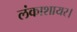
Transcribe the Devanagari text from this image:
लंकाशायर।